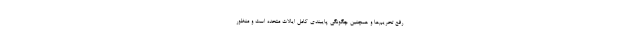
رفع تحریم‌ها و همچنین چگونگی پایبندی کامل ایالات متحده است و منظور